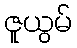
ဇူယွမ်